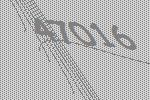
47016